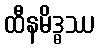
ထီနမိဒ္ဓဿ